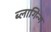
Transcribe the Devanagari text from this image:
ब्लागिन्ग